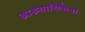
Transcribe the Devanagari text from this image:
आख्यायिकेचा